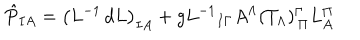
LaTeX: \hat { P } _ { I A } = { \left( L ^ { - 1 } \, d L \right) } _ { I A } + g { L ^ { - 1 } } _ { I \Gamma } A ^ { \Lambda } ( T _ { \Lambda } ) _ { \, \Pi } ^ { \Gamma } L _ { A } ^ { \Pi }